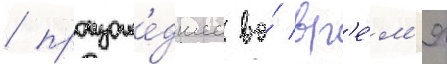
/ произоше́дшее во́ вр'е́м'я